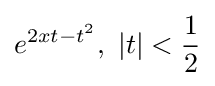
e^{2xt-t^{2}},\ |t|<{\frac {1}{2}}